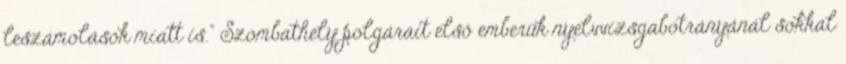
leszámolások miatt is." Szombathely polgárait első emberük nyelvvizsgabotrányánál sokkal